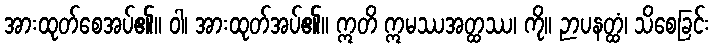
အားထုတ်စေအပ်၏။ ဝါ၊ အားထုတ်အပ်၏။ ဣတိ ဣမဿအတ္ထဿ၊ ကို။ ဉာပနတ္ထံ၊ သိစေခြင်း